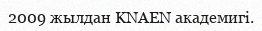
2009 жылдан KNAEN академигі.